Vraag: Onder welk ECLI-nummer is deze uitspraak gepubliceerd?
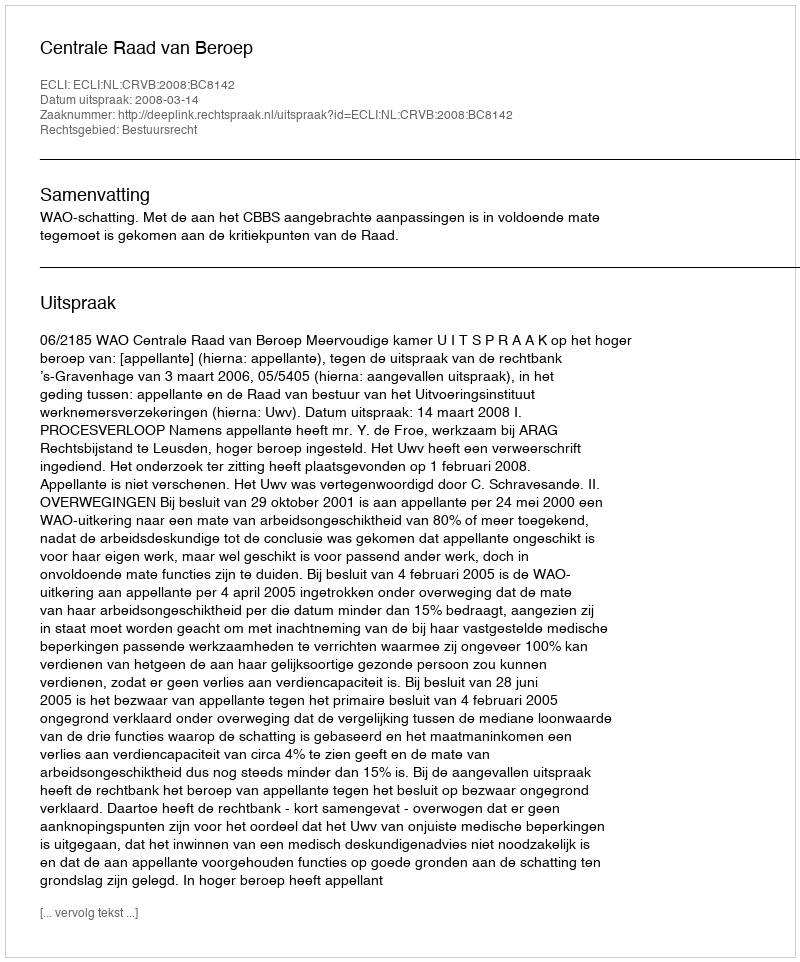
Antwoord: ECLI:NL:CRVB:2008:BC8142